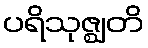
ပရိသုဇ္ဈတိ